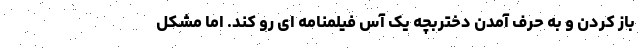
باز کردن و به حرف آمدن دختربچه یک آس فیلمنامه ای رو کند. اما مشکل